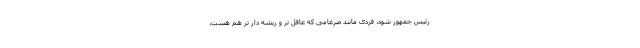
رئیس جمهور شود، فردی مانند ضرغامی که عاقل تر و ریشه دار تر هم هست،